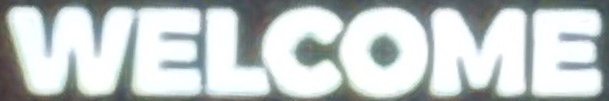
WELCOME